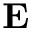
{ \bf E }